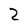
Character: 2